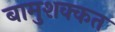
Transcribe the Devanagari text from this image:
बामुशक्कत